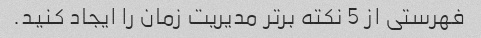
فهرستی از 5 نکته برتر مدیریت زمان را ایجاد کنید.